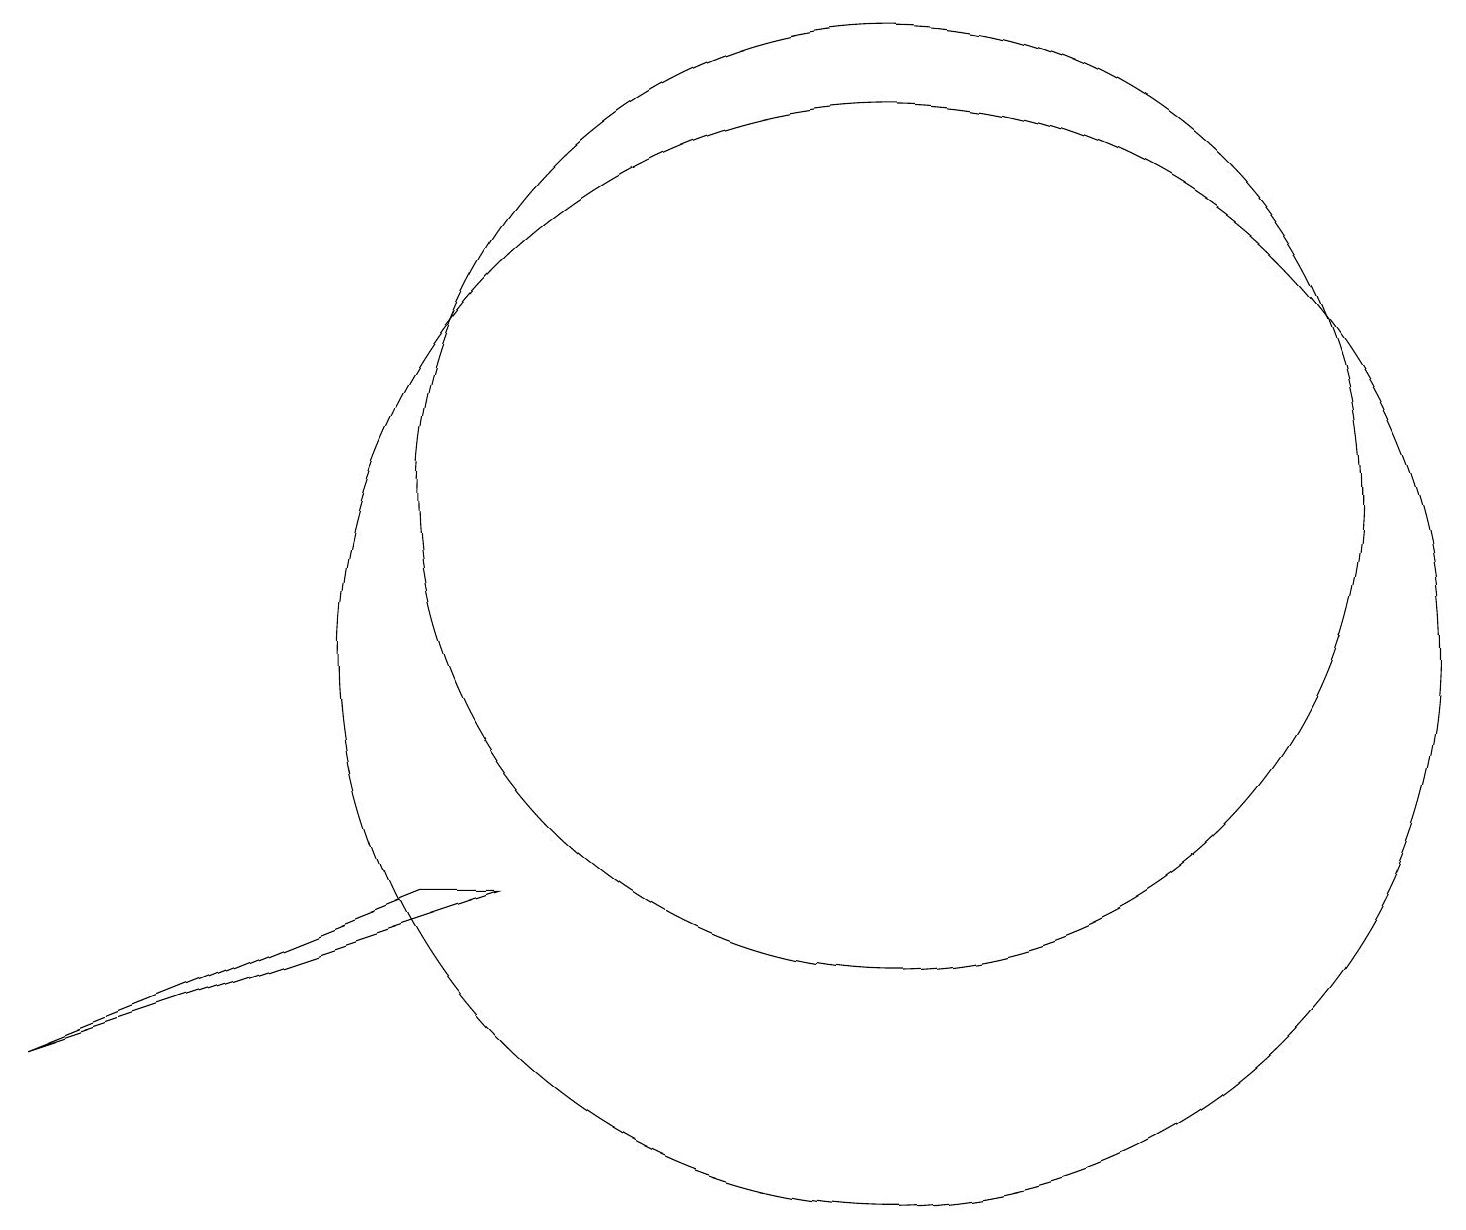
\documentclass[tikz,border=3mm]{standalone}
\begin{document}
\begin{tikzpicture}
\draw (11,10) circle (7);
\draw (5,7) -- (0,5) -- (6,7) -- cycle;
\draw (11,12) circle (6);
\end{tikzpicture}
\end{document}